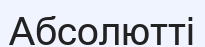
Абсолютті